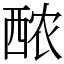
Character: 䙶